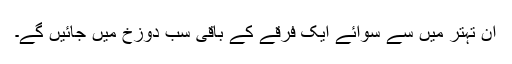
ان تہتر میں سے سوائے ایک فرقے کے باقی سب دوزخ میں جائیں گے۔